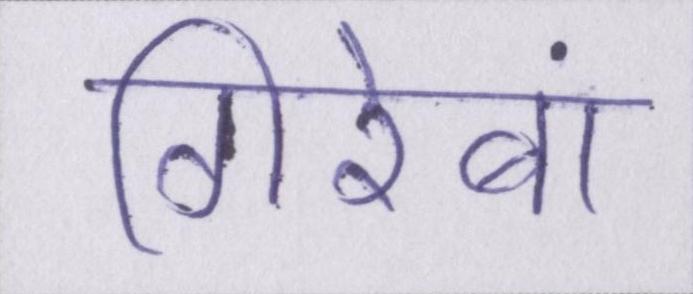
गिरेबां